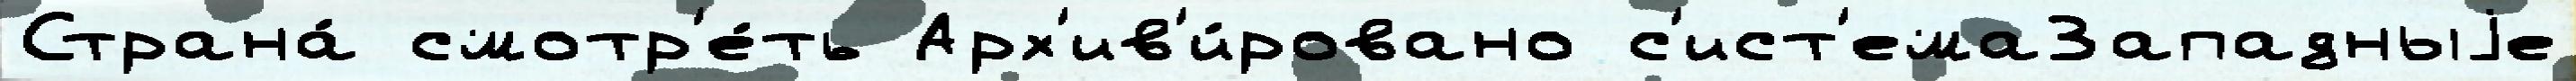
Страна́ смотр'е́ть Арх'ив'и́ровано с'ист'емаЗападныjе